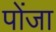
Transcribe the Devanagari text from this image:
पोंजा